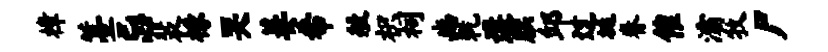
樟薹忌裴椽哭萋希般枳祠豳乾遘朕邱过埏眷催灞牧尸